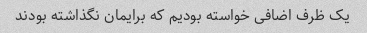
یک ظرف اضافی خواسته بودیم که برایمان نگذاشته بودند